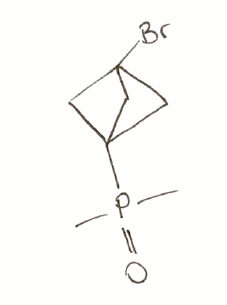
Simplified molecular-input line-entry system (SMILES) notation of the given molecule:
CP(=O)(C)C12CC(C1)(C2)Br